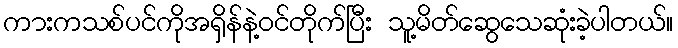
ကားကသစ်ပင်ကိုအရှိန်နဲ့ဝင်တိုက်ပြီး သူ့မိတ်ဆွေသေဆုံးခဲ့ပါတယ်။